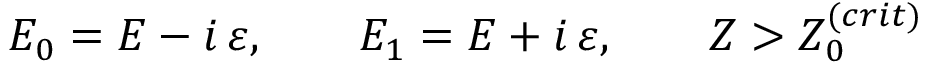
E _ { 0 } = E - i \, \varepsilon , \ \ \ \ \ \ E _ { 1 } = E + i \, \varepsilon , \ \ \ \ \ \ Z > Z _ { 0 } ^ { ( c r i t ) }